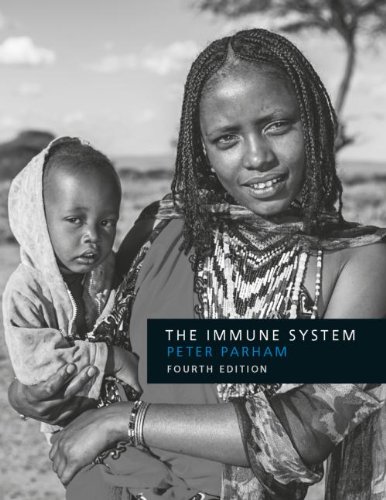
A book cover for The Immune System, 4th Edition; Peter Parham; Engineering & Transportation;